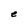
Character: e